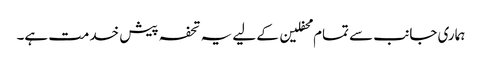
ہماری جانب سے تمام محفلین کے لیے یہ تحفہ پیش خدمت ہے۔